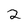
Character: 2